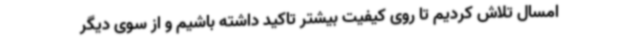
امسال تلاش کردیم تا روی کیفیت بیشتر تاکید داشته باشیم و از سوی دیگر